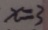
x = 3